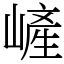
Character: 嵼